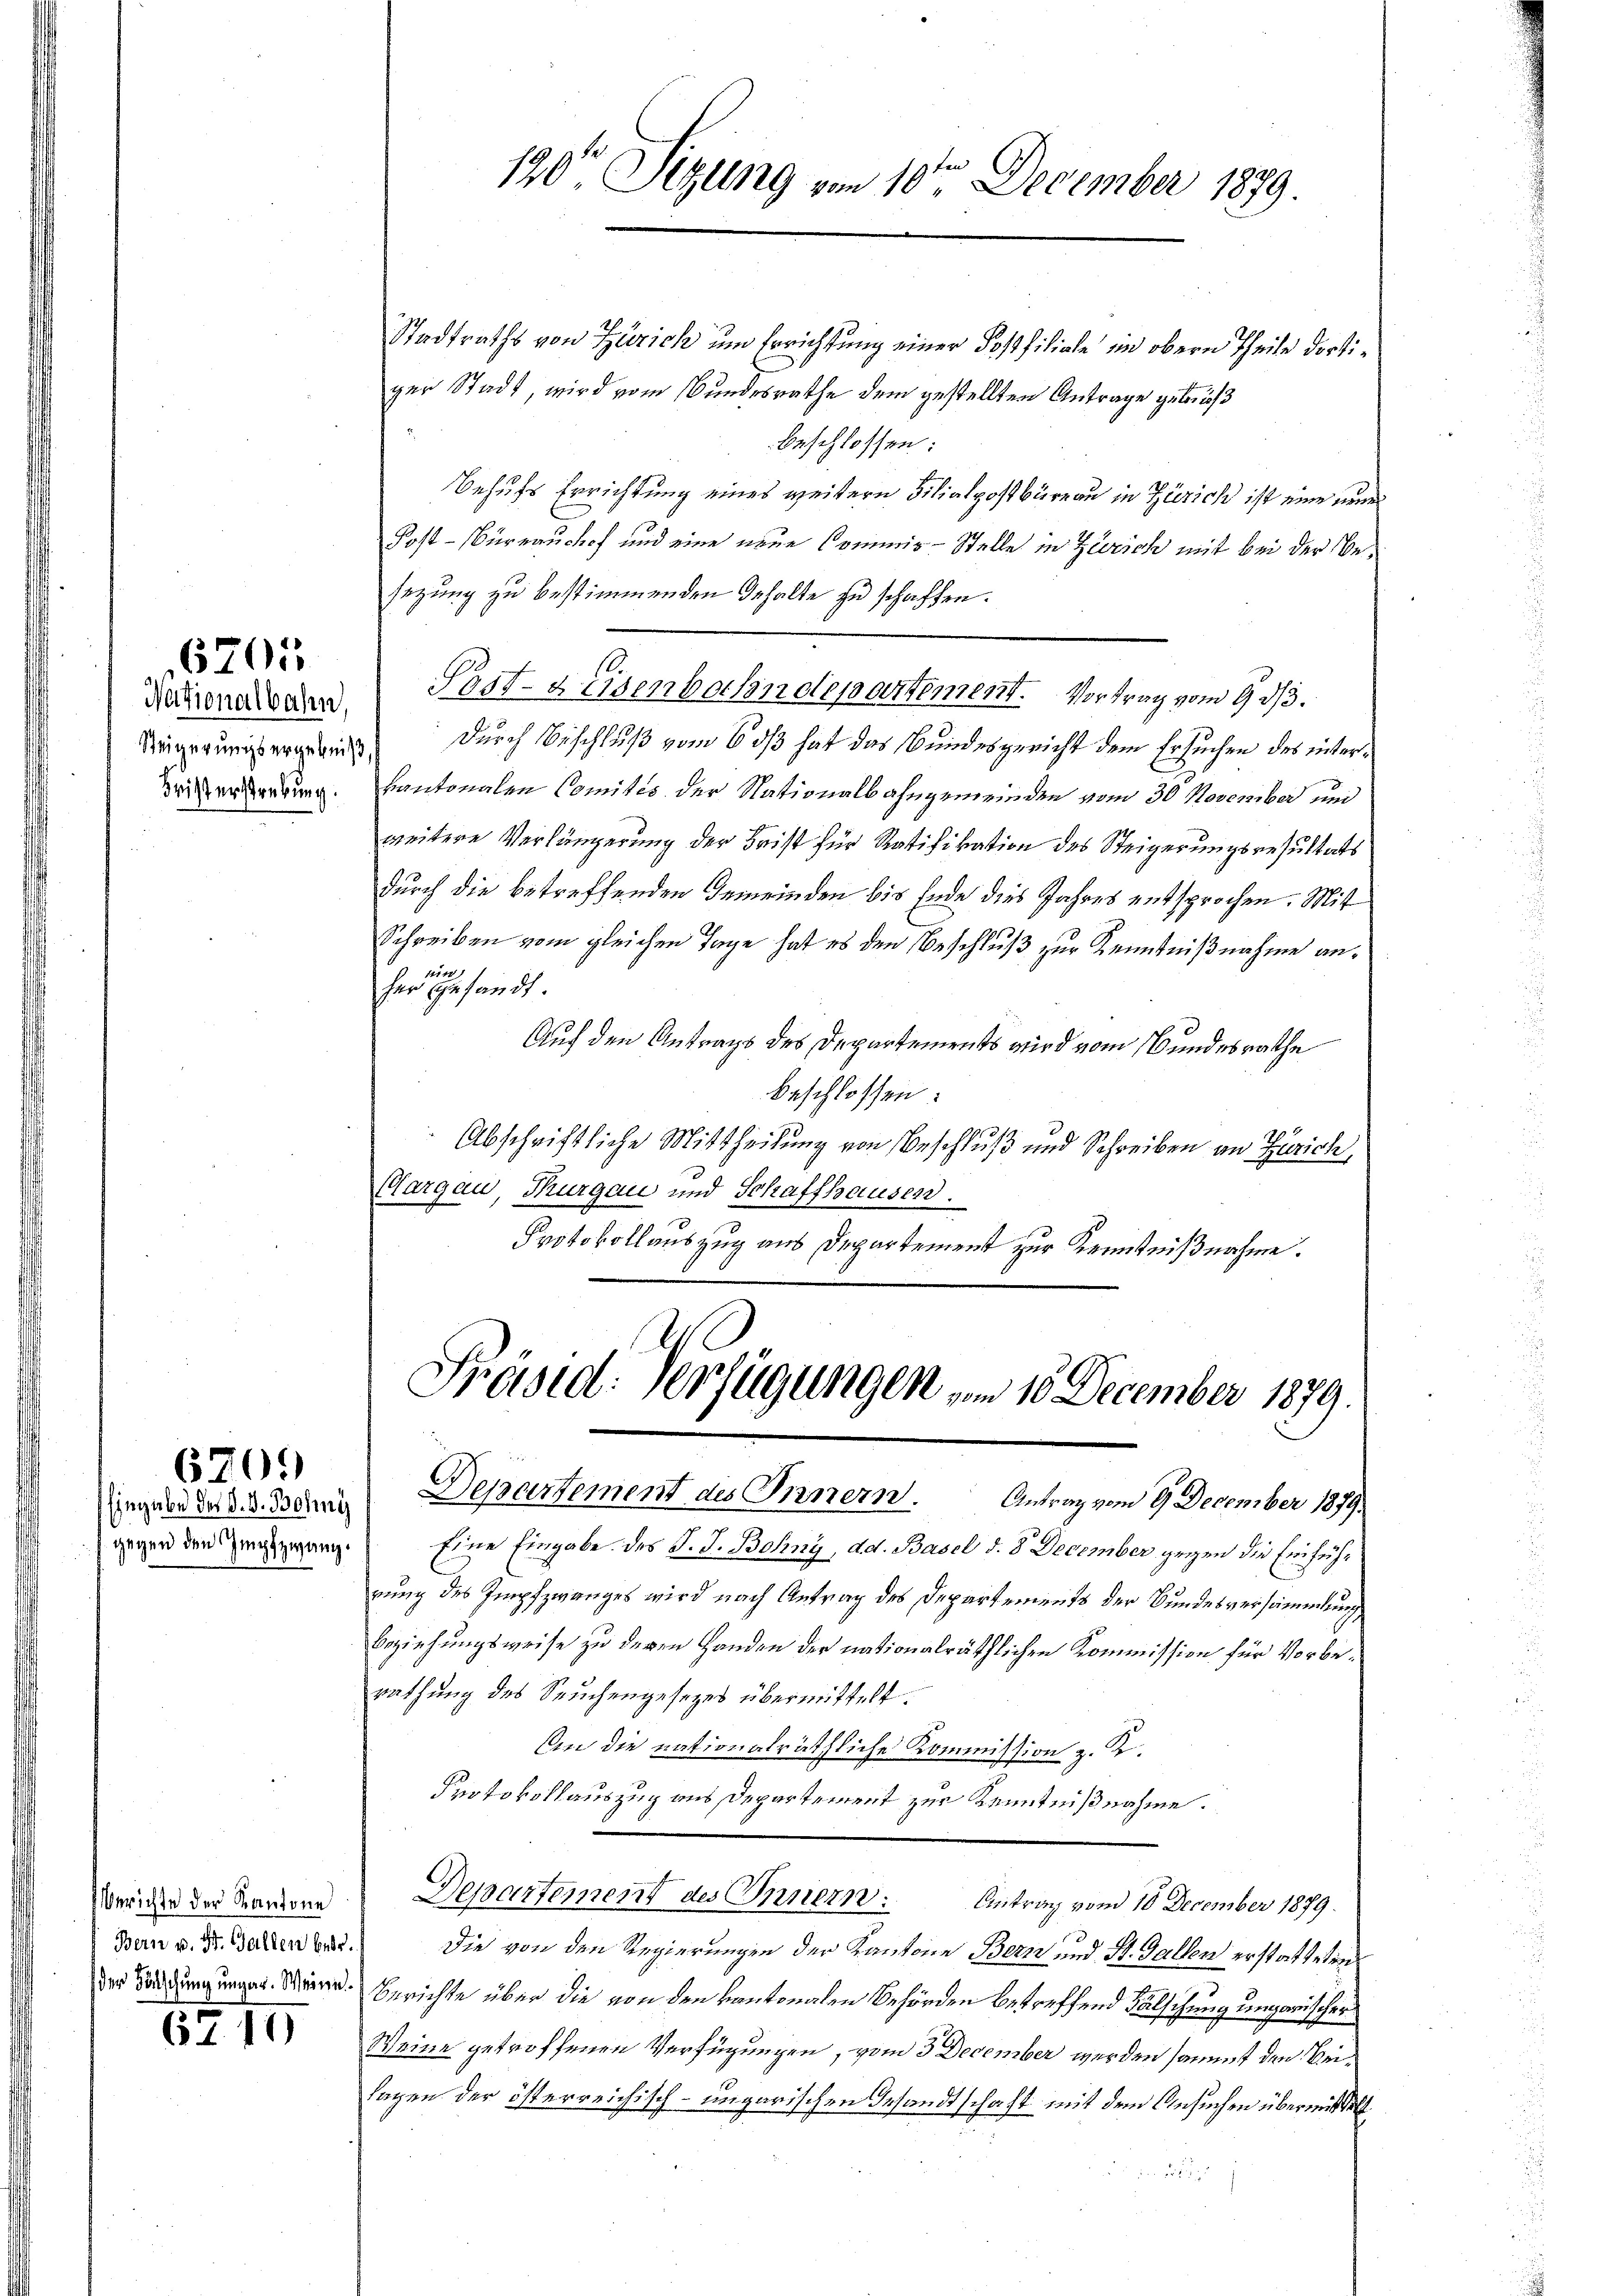
Nationalbahn,
Fristerstrebung.

6705

Eingabe des P. V. Bolini
gegen den Impfzwang.

6705)

Berichte der Kantone
der Forschung ungar. Weine.

6710

Präsid. Verfügungen vom 10. December 1879.
Departement des Innern. Antrag vom 9 December 1879.

120t Sitzung vom 10te͇n December 1879.

Stadtraths von Zürich um Errichtung einer Postfiliale im obern Theile dortiger Stadt, wird vom Bundesrathe dem gestellten Antrage gebüß
beschlossen:
Behufs Errichtung eines weitern Filialpostbüreau in Zürich ist eine eine
Post-Büreauchof und eine neue Commis-Stelle in Zürich mit bei der Besezung zu bestimmenden Inhalte zu schaffen.
Weigerungsergebends durch Beschluß vom 6 dß hat das Bundesgericht dem Ersuchen des interkantonalen Comités der Nationalbahngemeinden vom 30. November und
weitere Verlängerung der Frist für Ratifikation des Steigerungsresultats
durch die betreffenden Gemeinden bis Ende dies Jahres entsprochen. Mit
Schreiben vom gleichen Tage hat es den Beschluß zur Kenntnißnahme an¬
145.
her gesandt.
Auf den Antrags des Departements wird vom Bundesrathe
beschlossen:
Abschriftliche Mittheilung von Beschluß und Schreiben an Zürich
Margau, Thurgau und Schaffhausen.
Protokollauszug aus Departement zur Kenntnißnahme.

Post- & Eisenbachendepartement. Vortrag vom 9. d.

Eine Eingabe des J. J. Bohny, dd. Basel d. 8. December gegen die Einführung des Impfzwanges wird nach Antrag des Departements der Bundesversammlung
Beziehungsweise zu deren Handen der nationalräthlichen Kommission für Vorberathung des Seuchengesetzes übermittelt.
An die nationalräthliche Kommission z. K.
Protokollauszug aus Departement zur Kenntnißnahme.
Departement des Innern: Antrag vom 10. December 1879.
Ban v. dr. Gallen best. Die von den Regierungen der Kantone Bern und St. Gallen erstatteten
Berichte über die von den kantonalen Behörden betreffend Fälschung ungarischer
Weine getroffenen Verfügungen, vom 3 December werden sammt den Beilagen der österreichisch-ungarischen Gesandtschaft mit dem Ansuchen übermittelt
r